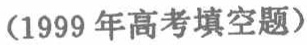
(1999 年高考填空题)